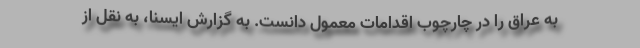
به عراق را در چارچوب اقدامات معمول دانست. به گزارش ایسنا، به نقل از